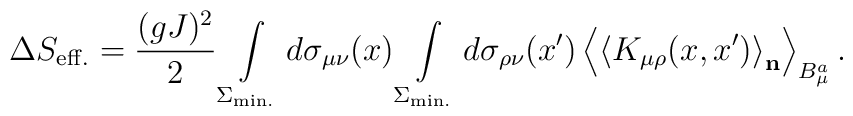
\Delta S_{\rm eff.}= \frac{(gJ)^2}{2}\int\limits_{\Sigma_{\rm min.}}^{}d\sigma_{\mu\nu}(x)\int\limits_{\Sigma_{\rm min.}}^{}d\sigma_{\rho\nu}(x')\left<\left<K_{\mu\rho}(x,x')\right>_{\bf n}\right>_{B_\mu^a}.